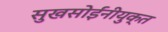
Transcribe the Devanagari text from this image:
सुखसोईंनीयुक्त